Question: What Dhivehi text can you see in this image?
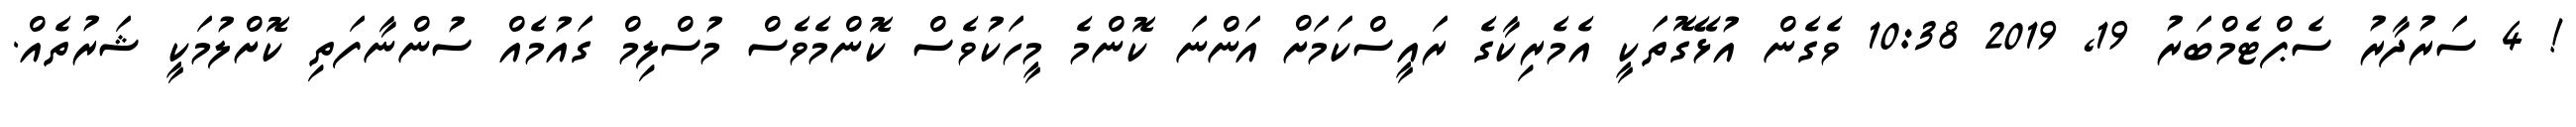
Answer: ! 4 ސަރުދާރު ސެޕްޓެމްބަރު 19, 2019 10:38 ވެގެން އުޅޭގޮތަކީ އެމެރިކާގެ ރައީސްކަމަށް އަންނަ ކޮންމެ މީހަކުވެސް ކޮންމެވެސް މުސްލިމް ގައުމެއް ސުންނާފަތި ކޮށްލުމަކީ ޝަރުތެއް.